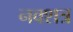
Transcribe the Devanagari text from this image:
नक्शत्र